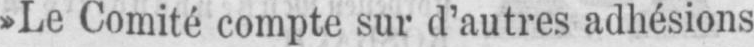
»Le Comité compte sur d’autres adhésions